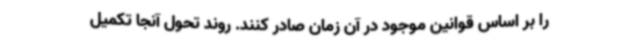
را بر اساس قوانین موجود در آن زمان صادر کنند. روند تحول آنجا تکمیل